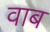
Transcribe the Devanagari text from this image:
वाब